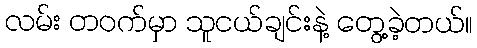
လမ်း တဝက်မှာ သူငယ်ချင်းနဲ့ တွေ့ခဲ့တယ်။